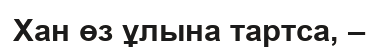
Хан өз ұлына тартса, –